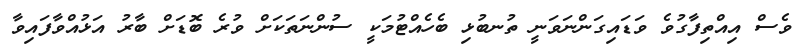
ވެސް އިއްތިފާގުވެ ވަޑައިގަންނަވަނީ ތުނބުޅި ބެހެއްޓުމަކީ ސުންނަތަކަށް ވުރެ ބޮޑަށް ބާރު އަޅުއްވާފައިވާ